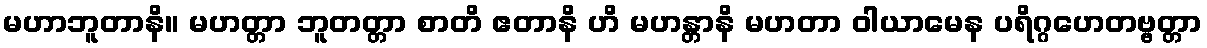
မဟာဘူတာနိ။ မဟတ္တာ ဘူတတ္တာ စာတိ ဧတာနိ ဟိ မဟန္တာနိ မဟတာ ဝါယာမေန ပရိဂ္ဂဟေတဗ္ဗတ္တာ